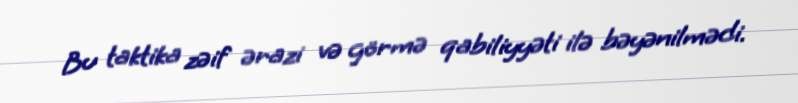
Bu taktika zəif ərazi və görmə qabiliyyəti ilə bəyənilmədi.